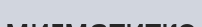
мигматитке